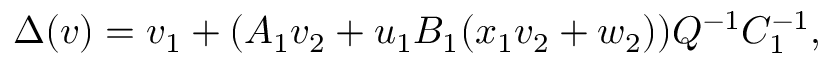
\Delta ( v ) = v _ { 1 } + ( A _ { 1 } v _ { 2 } + u _ { 1 } B _ { 1 } ( x _ { 1 } v _ { 2 } + w _ { 2 } ) ) Q ^ { - 1 } C _ { 1 } ^ { - 1 } ,